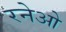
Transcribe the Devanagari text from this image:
रनेओ